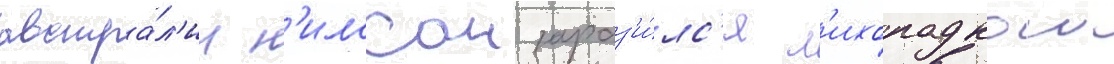
австра́л'ии н'илссон зараз'и́лс'я л'ихорадкои